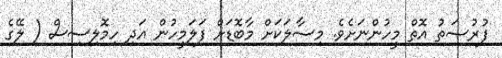
ފުރުޞަތު އޮތް މީހުންނަށެވެ. މިސާލަކަށް މާބޮޑަށް ފަލަމީހުން އަދި ހިމޮލިސިސް ( ލޭގެ